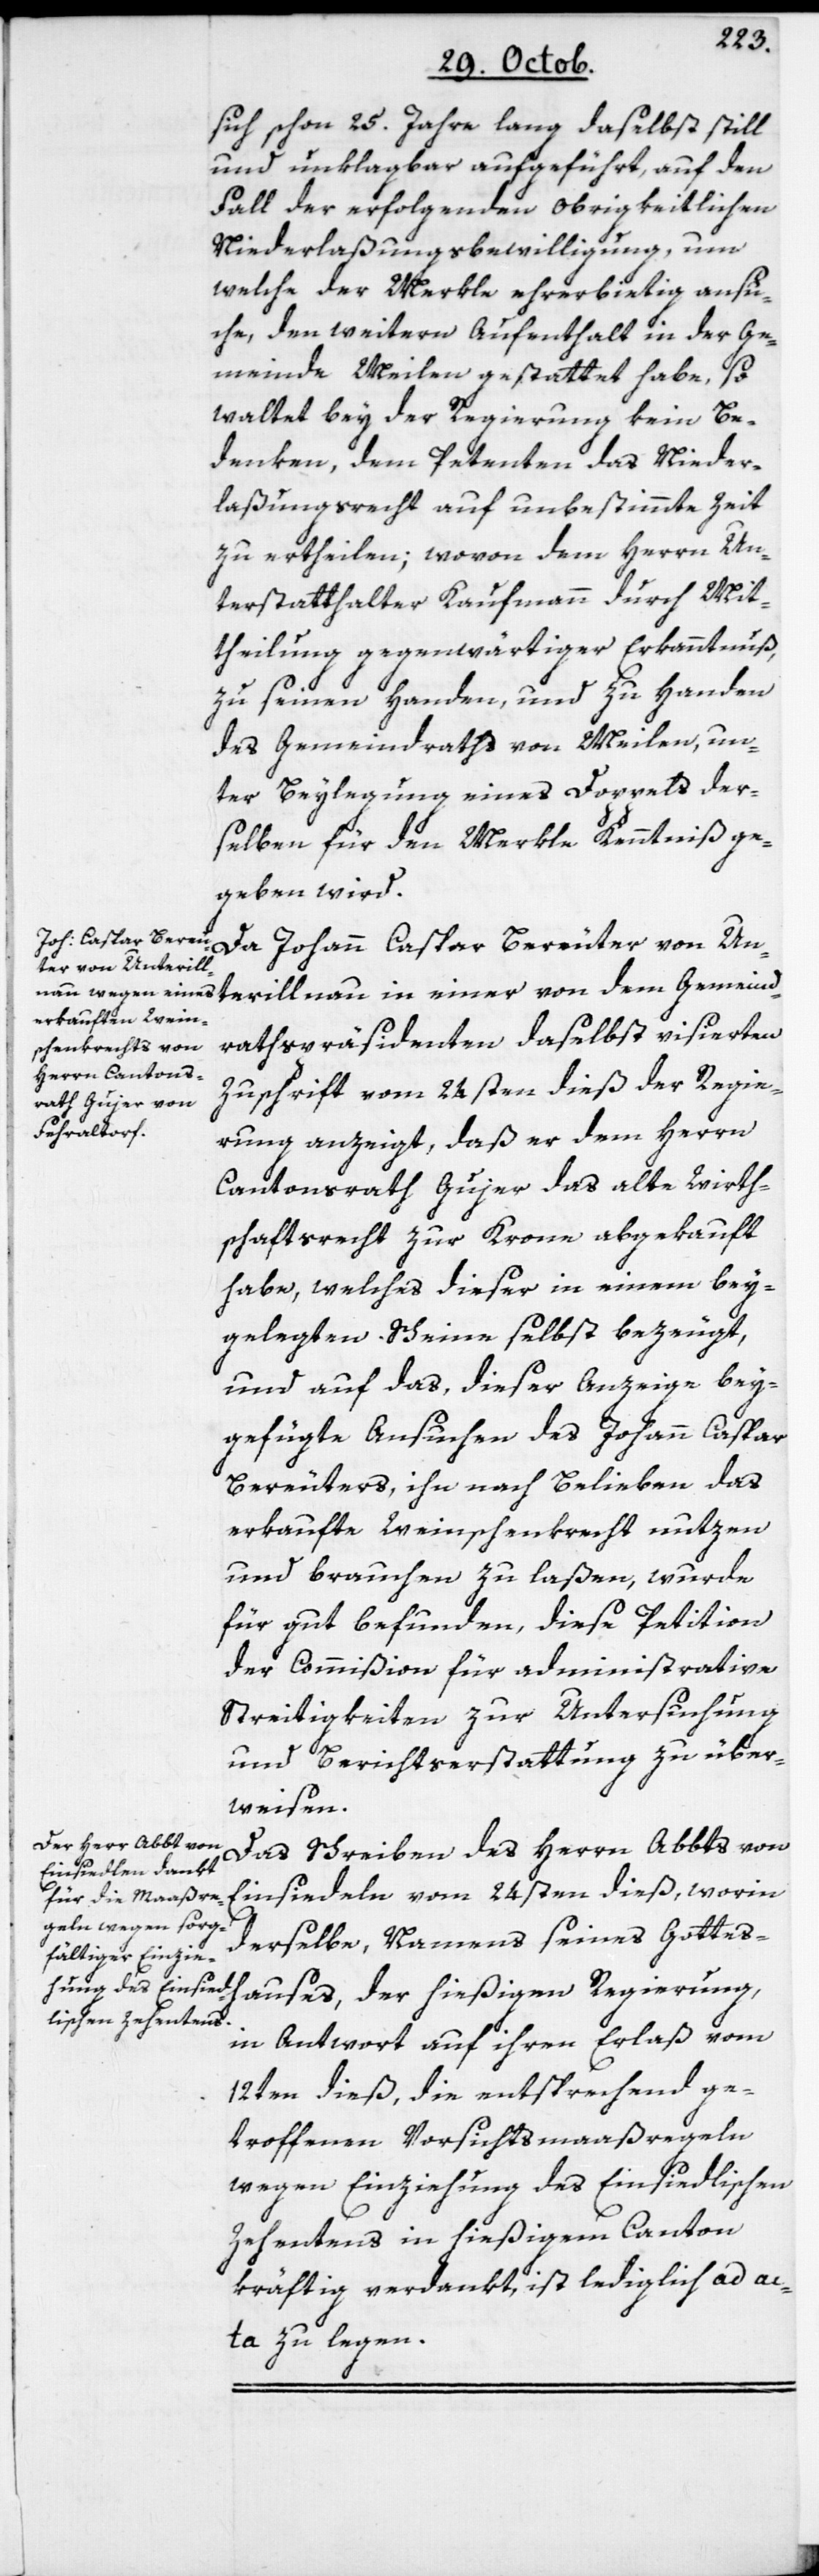
Gemeind¬
sich schon 25. Jahre lang daselbst still
und unklagbar aufgeführt, auf den
Fall der erfolgenden Obrigkeitlichen
Niederlaßungsbewilligung, um
welche der Merkle ehrerbietig ansu¬
che, den weitern Aufenthalt in der Ge¬
meinde Meilen gestattet habe, so
waltet bey der Regierung kein Be¬
denken, dem Petenten das Nieder¬
laßungsrecht auf unbestimmte Zeit
zu ertheilen; wovon dem Herrn Un¬
terstatthalter Kaufmann durch Mit¬
theilung gegenwärtiger Erkanntnuß,
zu seinen Handen, und zu Handen
des Gemeindraths von Meilen, un¬
ter Beylegung eines Doppels der¬
selben für den Merkle Kenntniß ge¬
geben wird.
ter von Unterillnau
rathspräsidenten daselbst visierten
Zuschrift vom 24sten dieß der Regie¬
rung anzeigt, daß er dem Herrn
Cantonsrath Gujer das alte Wirth¬
schaftsrecht zur Krone abgekauft
habe, welches dieser in einem bey¬
gelegten Scheine selbst bezeugt,
und auf das, dieser Anzeige bey¬
gefügte Ansuchen des Johann Caspar
Bereuters, ihn nach Belieben das
erkaufte Weinschenkrecht nutzen
und brauchen zu laßen, wurde
für gut befunden, diese Petition
der Commißion für administrative
Streitigkeiten zur Untersuchung
und Berichtserstattung zu über¬
weisen.
Das Schreiben des Herrn Abbts von
Einsiedeln vom 24sten dieß, worin
derselbe, Namens seines Gottes¬
hauses, der hießigen Regierung
in Antwort auf ihren Erlaß vom
12ten dieß, die entsprechend ge¬
troffenen Vorsichtsmaaßregeln
wegen Einziehung des Einsiedlischen
Zehentens in hießigem Canton
kräftig verdankt, ist lediglich ad ac¬
ta zu legen.